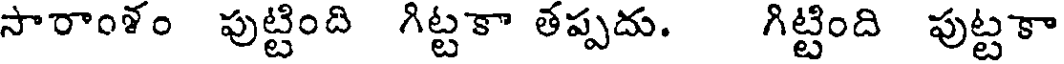
సారాంళం పుట్టింది గిట్టకా తప్పదు. గిట్టింది పుట్టకా